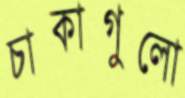
চাকাগুলো